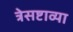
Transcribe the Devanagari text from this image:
त्रेसष्टाव्या